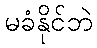
မခံနိုင်ဘဲ